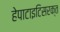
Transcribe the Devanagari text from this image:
हेपाटाइटिसरक्त